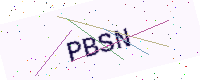
Text: PBSN